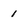
Character: 1